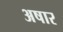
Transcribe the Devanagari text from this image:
अषार